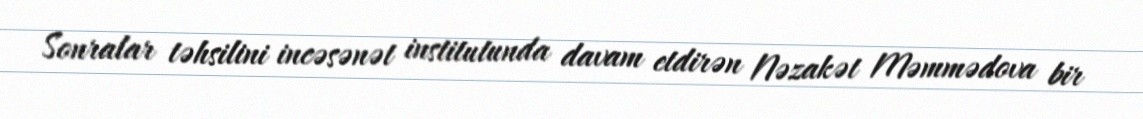
Sonralar təhsilini incəsənət institutunda davam etdirən Nəzakət Məmmədova bir